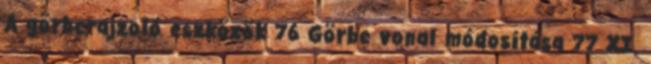
A görberajzoló eszközök 76 Görbe vonal módosítása 77 XI.